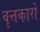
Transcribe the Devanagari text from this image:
वृत्तकारों